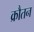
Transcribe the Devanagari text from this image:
क्रौतन